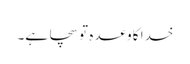
خدا کا وعدہ تو سچا ہے۔